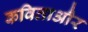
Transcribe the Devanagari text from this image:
कविताऔर